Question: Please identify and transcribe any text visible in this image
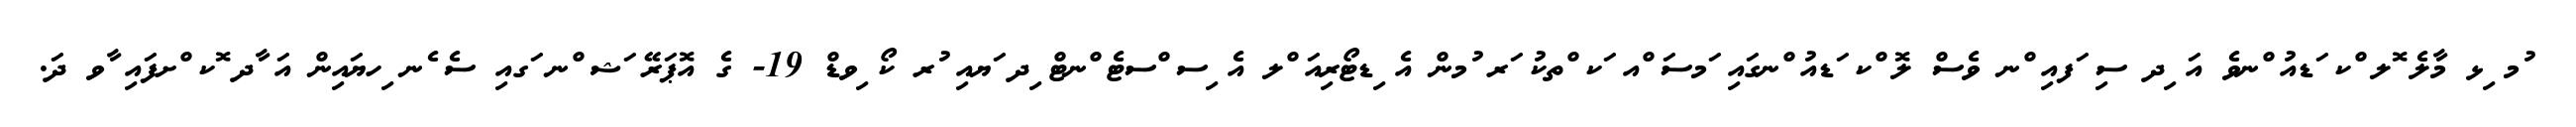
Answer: ުމ ިޅ މާލެ ޮލ ްކ ަޑއު ްނވެ އަ ިދ ސި ަފއި ްނ ވެސް ލޮ ްކ ަޑއު ްނގައި ަމސަ ްއ ަކ ްތކު ަރ ުމން އެ ިޑޓޯރިއަ ްލ އެ ިސ ްސޓެ ްނޓް ިދ ަޔއި ުރ ކޯ ިވޑް 19- ގެ އޮޕަރޭ ަޝ ްނ ަގއި ސެ ެނ ިހޔައިން އަ ާދ ޮކ ްށފައި ާވ ދަ.